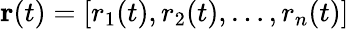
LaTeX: \mathbf{r}(t)=[r_{1}(t),r_{2}(t),\ldots,r_{n}(t)]